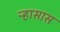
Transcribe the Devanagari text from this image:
ऱ्हासास